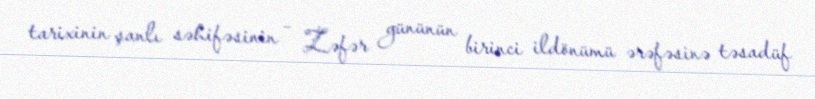
tarixinin şanlı səhifəsinin – Zəfər gününün birinci ildönümü ərəfəsinə təsadüf